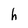
Character: h